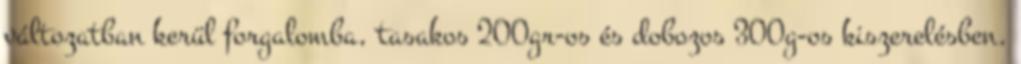
változatban kerül forgalomba, tasakos 200gr-os és dobozos 300g-os kiszerelésben.